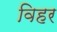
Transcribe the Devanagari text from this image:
विहर